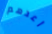
أعدهم